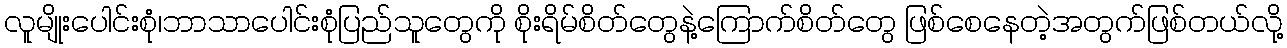
လူမျိုးပေါင်းစုံ၊ဘာသာပေါင်းစုံပြည်သူတွေကို စိုးရိမ်စိတ်တွေနဲ့ကြောက်စိတ်တွေ ဖြစ်စေနေတဲ့အတွက်ဖြစ်တယ်လို့